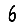
Digit: 6